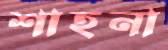
শাহনা